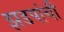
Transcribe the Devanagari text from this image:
झडपांची